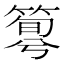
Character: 𥰴